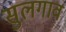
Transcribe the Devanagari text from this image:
सुलगाव